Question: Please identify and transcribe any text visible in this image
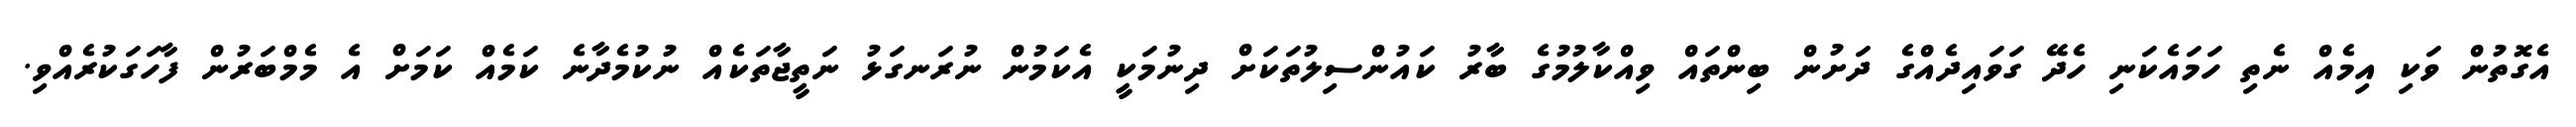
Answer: އެގޮތުން ވަކި އިމެއް ނެތި ހަމައެކަނި ހެދޭ ގަވައިދެއްގެ ދަށުން ބިންތައް ވިއްކާލުމުގެ ބާރު ކައުންސިލުތަކަށް ދިނުމަކީ އެކަމުން ނުރަނގަޅު ނަތީޖާތަކެއް ނުކުމެދާނެ ކަމެއް ކަމަށް އެ މެމްބަރުން ފާހަގަކުރެއްވި.